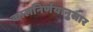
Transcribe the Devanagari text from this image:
कालनिर्णयानुसार